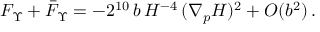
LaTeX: F _ { \Upsilon } + \bar { F } _ { \Upsilon } = - 2 ^ { 1 0 } \, b \, H ^ { - 4 } \, ( \nabla _ { p } H ) ^ { 2 } + { \cal O } ( b ^ { 2 } ) \, .